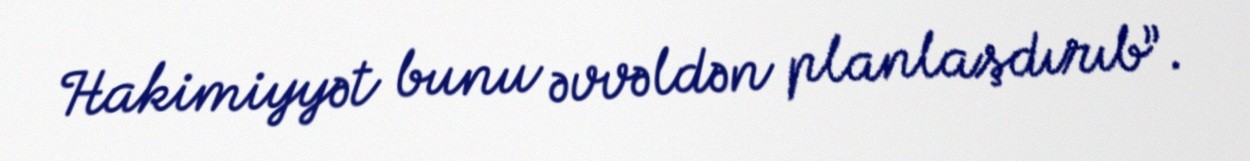
Hakimiyyət bunu əvvəldən planlaşdırıb”.